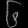
Digit: ၆